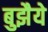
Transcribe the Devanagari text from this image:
बुझैये